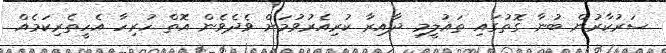
ސަރުކާރުން ބުނާ ގޮތުގައި ތައުލީމި ދާއިރާ ކުރިއެރުވުމަށް ވެދެވެން އޮތް ހުރިހާ އެހީތެރިކަމެއް